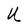
Character: U